system: You are a helpful assistant.
user:
Analyze the provided spectrum to determine if it is a **"Cataclysmic Variables (CV)"**.

- **Key Indicators for CV (Check for either state):**
    - **State 1: Quiescent / Low-State (Emission-Dominated)**
        - **(Primary):** Strong and *very broad* Hydrogen Balmer emission lines (e.g., $H\alpha$ at 6563 Å, $H\beta$ at 4861 Å). The 'broadness' (high velocity dispersion, often FWHM > 1000 km/s) is the key diagnostic, indicating a high-velocity accretion disk.
        - **(Secondary):** Broad neutral Helium (He I) emission lines (e.g., 5876 Å, 6678 Å).
        - **(Key Confirmation):** Presence of high-excitation *ionized* Helium (He II) emission at 4686 Å. This is a strong indicator of accretion onto a white dwarf.
        - **(Line Profile):** Emission lines may exhibit a 'double-peaked' profile, which is a classic signature of a rotating accretion disk viewed at high inclination.

    - **State 2: Outburst / High-State (Absorption-Dominated)**
        - **(Primary):** Spectrum is dominated by a bright, blue continuum (looks like a hot star).
        - **(Secondary):** The emission lines from State 1 are weak, absent, or 'filled in', and are replaced by broad, shallow *absorption* lines (primarily Balmer and He I).
        - **(Morphology):** The overall spectrum mimics a hot B/A-type star. The crucial difference is that the absorption lines are significantly broader, shallower, and more 'washed-out' (or 'smeared') than the sharp lines of a normal stellar photosphere, due to high rotational speeds and pressure broadening in the disk.

Think first, call **spectral_visualization_tool** if needed to examine features in detail, then provide your final answer. Your response must adhere to the following strict rules:
1.  **Overall Structure:** Your response must follow the format `<think>...</think> <tool_call>...</tool_call> (if a tool is used) <answer>...</answer>`.
2.  **Tool Usage Constraint:** You may only make **one** tool call per turn.
3.  **Final Answer Format:** In the `<answer>` tag, your conclusion must be inside a `\boxed{}` command (e.g., `\boxed{YES}`), followed by your justification.

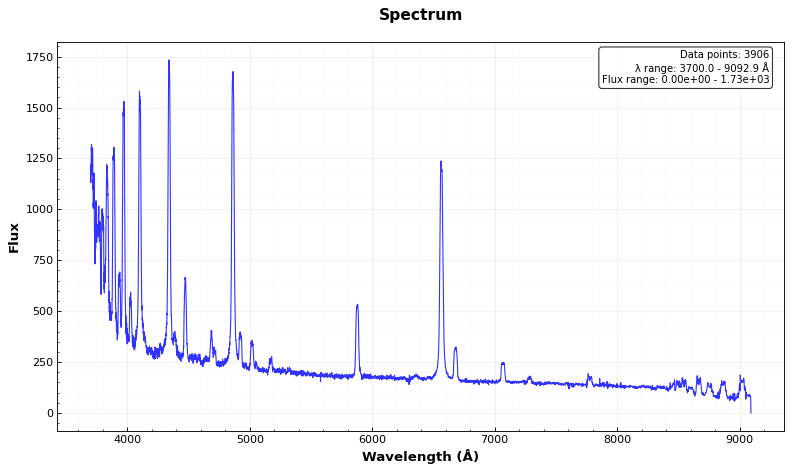
Answer: YES